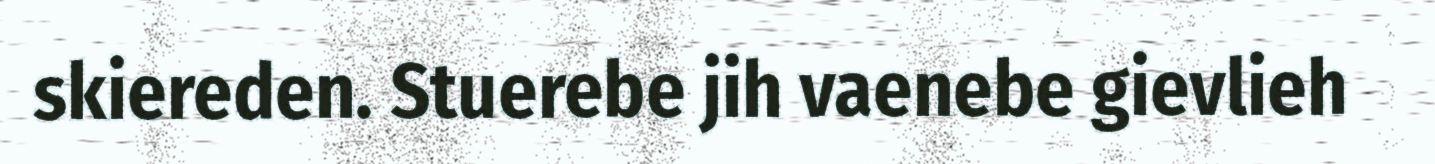
skiereden. Stuerebe jih vaenebe gievlieh